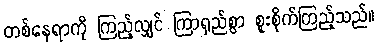
တစ်နေရာကို ကြည့်လျှင် ကြာရှည်စွာ စူးစိုက်ကြည့်သည်။